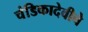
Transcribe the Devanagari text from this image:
चंडिकादेवीचे